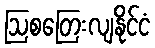
ဩစတြေးလျနိုင်ငံ